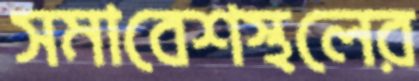
সমাবেশস্থলের